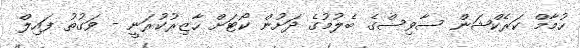
ހުމާމް ކަރެކްޝަން ސާވިސްގެ ބެލުމުގެ ދަށުން ކޯޓަށް ހާޒިރުކުރަނީ - ވަގުތު ފައިލް